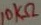
Text: 10KΩ